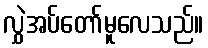
လွှဲအပ်တော်မူလေသည်။